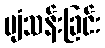
ပျံသန်းခြင်း